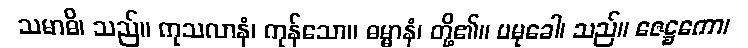
သမာဓိ၊ သည်။ ကုသလာနံ၊ ကုန်သော။ ဓမ္မာနံ၊ တို့၏။ ပမုခေါ၊ သည်။ ဇေဋ္ဌကော၊